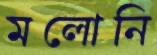
মলোনি